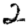
Digit: 2